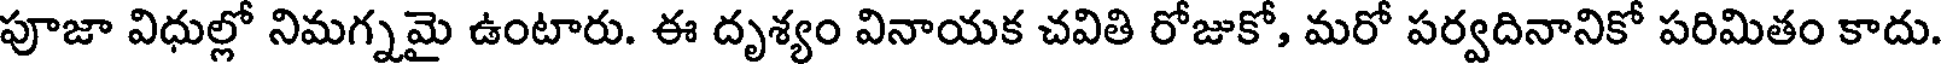
పూజా విధుల్లో నిమగ్నమై ఉంటారు. ఈ దృశ్యం వినాయక చవితి రోజుకో, మరో పర్వదినానికో పరిమితం కాదు.